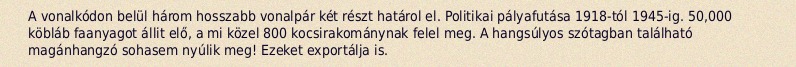
A vonalkódon belül három hosszabb vonalpár két részt határol el. Politikai pályafutása 1918-tól 1945-ig. 50,000 köbláb faanyagot állit elő, a mi közel 800 kocsirakománynak felel meg. A hangsúlyos szótagban található magánhangzó sohasem nyúlik meg! Ezeket exportálja is.